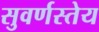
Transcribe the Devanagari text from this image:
सुवर्णस्तेय